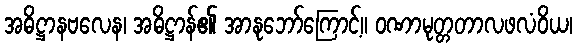
အဓိဋ္ဌာနဗလေန၊ အဓိဋ္ဌာန်၏ အာနုဘော်ကြောင့်။ ဝဏာမုတ္တတာလဖလံဝိယ၊